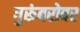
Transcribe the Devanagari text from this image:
गुरूंबरोबर